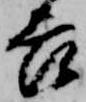
吉